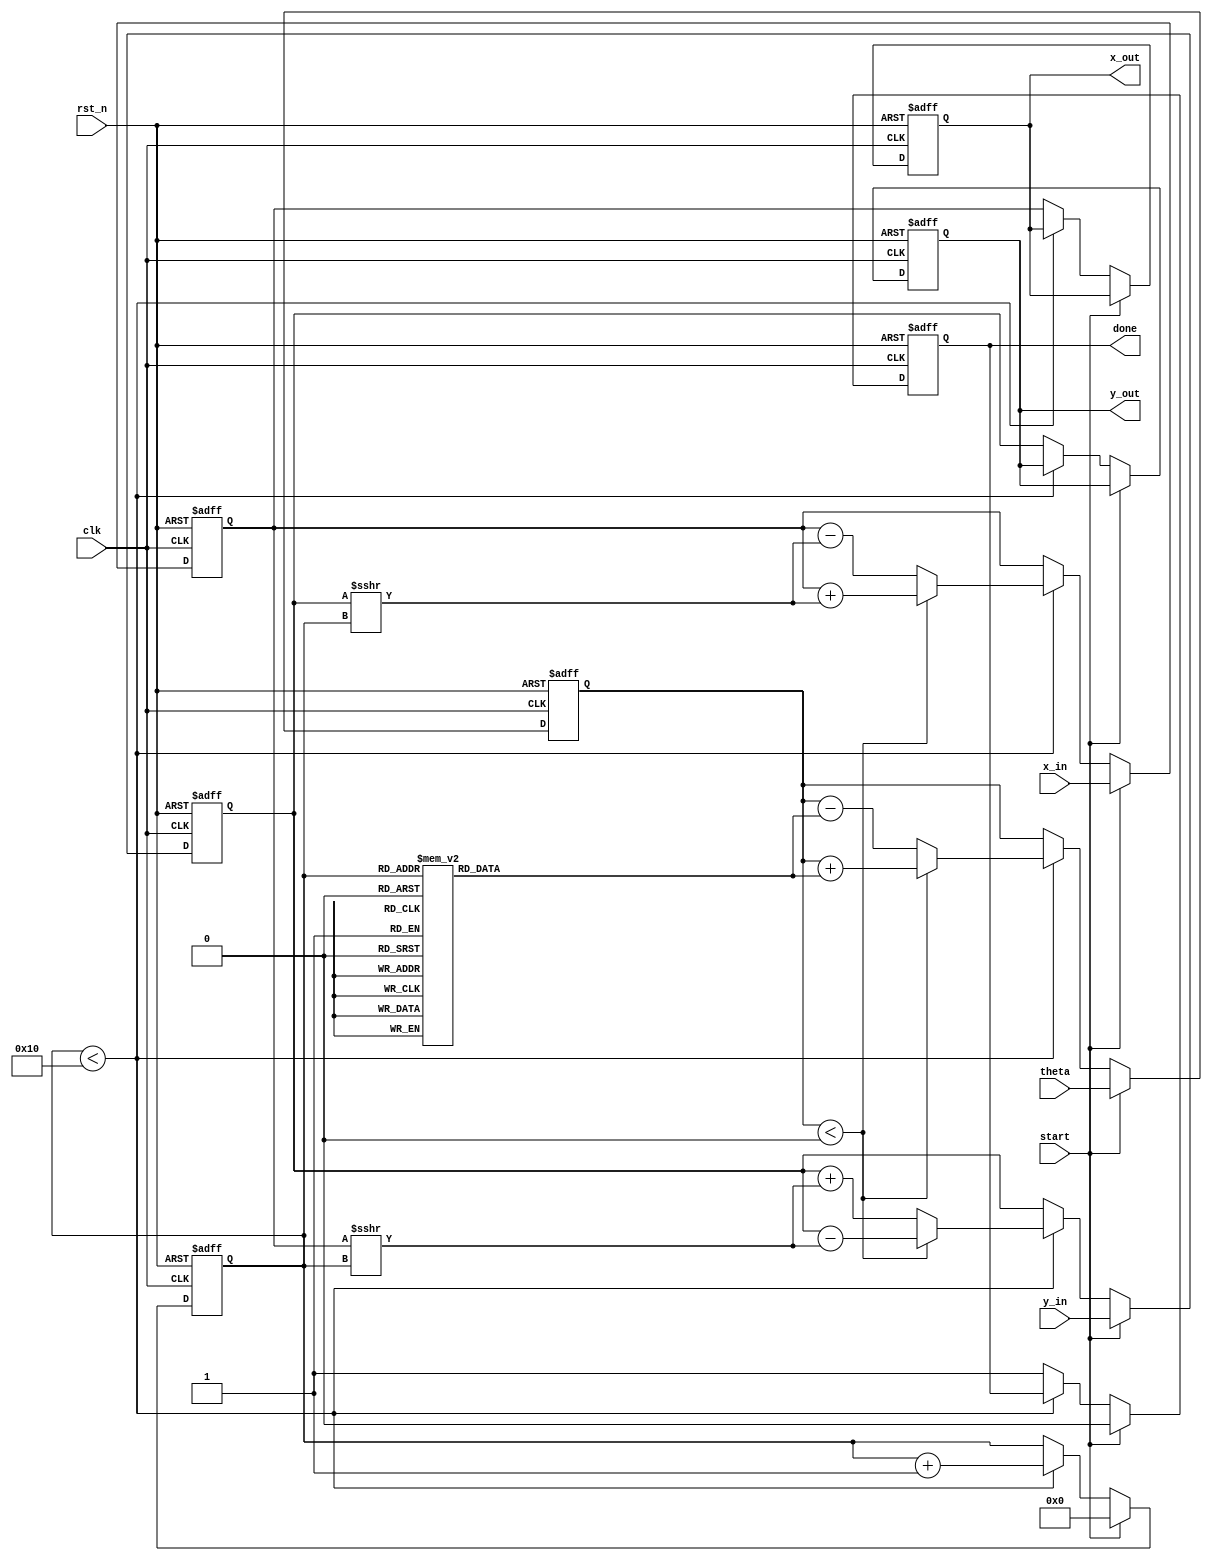
module cordic_rotational #(
    parameter WIDTH = 16,                // Width of the fixed-point representation
    parameter ITERATIONS = 16            // Number of iterations for CORDIC
)(
    input wire clk,                      // Clock signal
    input wire rst_n,                    // Active low reset signal
    input wire start,                    // Start signal for CORDIC computation
    input wire signed [WIDTH-1:0] x_in,  // Input X coordinate
    input wire signed [WIDTH-1:0] y_in,  // Input Y coordinate
    input wire signed [WIDTH-1:0] theta,  // Input angle in fixed-point
    output reg signed [WIDTH-1:0] x_out, // Output X coordinate
    output reg signed [WIDTH-1:0] y_out, // Output Y coordinate
    output reg done                      // Done signal
);

    // Rotation angle lookup table (arctan values for CORDIC)
    reg signed [WIDTH-1:0] atan_table [0:ITERATIONS-1];
    initial begin
        // Precomputed arctangent values (in fixed-point)
        atan_table[0] = 16'h26DD; // atan(2^-0)
        atan_table[1] = 16'h1C71; // atan(2^-1)
        atan_table[2] = 16'h16C9; // atan(2^-2)
        atan_table[3] = 16'h0E4B; // atan(2^-3)
        atan_table[4] = 16'h07A3; // atan(2^-4)
        atan_table[5] = 16'h03D7; // atan(2^-5)
        atan_table[6] = 16'h01FB; // atan(2^-6)
        atan_table[7] = 16'h00FF; // atan(2^-7)
        atan_table[8] = 16'h007F; // atan(2^-8)
        atan_table[9] = 16'h003F; // atan(2^-9)
        atan_table[10] = 16'h001F; // atan(2^-10)
        atan_table[11] = 16'h000F; // atan(2^-11)
        atan_table[12] = 16'h0007; // atan(2^-12)
        atan_table[13] = 16'h0003; // atan(2^-13)
        atan_table[14] = 16'h0001; // atan(2^-14)
        atan_table[15] = 16'h0000; // atan(2^-15)
    end

    // Internal registers
    reg signed [WIDTH-1:0] x_reg;
    reg signed [WIDTH-1:0] y_reg;
    reg signed [WIDTH-1:0] z_reg;
    reg [3:0] iter; // Iteration counter

    // Control logic
    always @(posedge clk or negedge rst_n) begin
        if (!rst_n) begin
            x_reg <= 0;
            y_reg <= 0;
            z_reg <= 0;
            iter <= 0;
            done <= 0;
            x_out <= 0;
            y_out <= 0;
        end else if (start) begin
            // Initialize registers
            x_reg <= x_in;
            y_reg <= y_in;
            z_reg <= theta;
            iter <= 0;
            done <= 0;
        end else if (iter < ITERATIONS) begin
            // CORDIC rotation logic
            if (z_reg < 0) begin
                // Rotate clockwise
                x_reg <= x_reg + (y_reg >>> iter);
                y_reg <= y_reg - (x_reg >>> iter);
                z_reg <= z_reg + atan_table[iter];
            end else begin
                // Rotate counter-clockwise
                x_reg <= x_reg - (y_reg >>> iter);
                y_reg <= y_reg + (x_reg >>> iter);
                z_reg <= z_reg - atan_table[iter];
            end
            iter <= iter + 1;
        end else begin
            // Final output assignment
            x_out <= x_reg;
            y_out <= y_reg;
            done <= 1;
        end
    end
endmodule